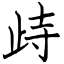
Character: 歭